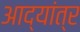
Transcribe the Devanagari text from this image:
आद्यांत्र